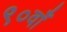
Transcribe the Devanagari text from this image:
९०वाँ